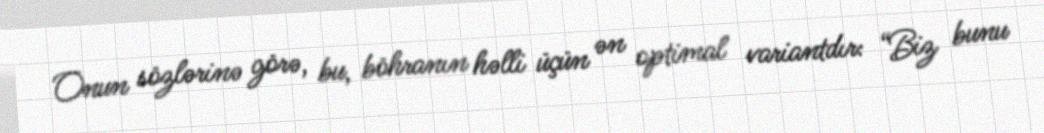
Onun sözlərinə görə, bu, böhranın həlli üçün ən optimal variantdır: “Biz bunu